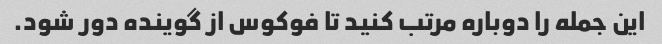
این جمله را دوباره مرتب کنید تا فوکوس از گوینده دور شود.